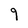
Character: 9